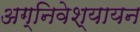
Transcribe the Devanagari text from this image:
अग्निवेश्यायन